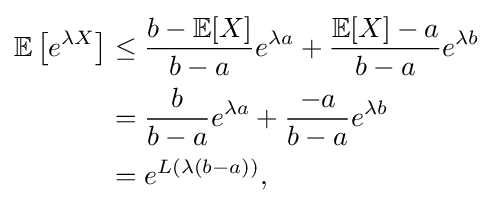
{\begin{aligned}\mathbb {E} \left[e^{\lambda X}\right]&\leq {\frac {b-\mathbb {E} [X]}{b-a}}e^{\lambda a}+{\frac {\mathbb {E} [X]-a}{b-a}}e^{\lambda b}\\&={\frac {b}{b-a}}e^{\lambda a}+{\frac {-a}{b-a}}e^{\lambda b}\\&=e^{L(\lambda (b-a))},\end{aligned}}